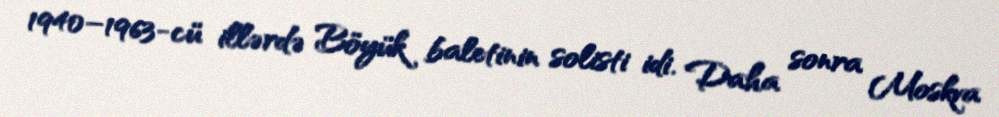
1940–1963-cü illərdə Böyük baletinin solisti idi. Daha sonra Moskva